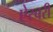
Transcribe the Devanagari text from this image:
ऐस्बरी